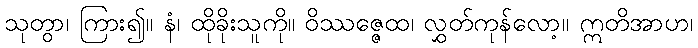
သုတွာ၊ ကြား၍။ နံ၊ ထိုခိုးသူကို။ ဝိဿဇ္ဇေထ၊ လွှတ်ကုန်လော့။ ဣတိအာဟ၊